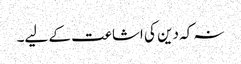
نہ کہ دین کی اشاعت کے لیے۔